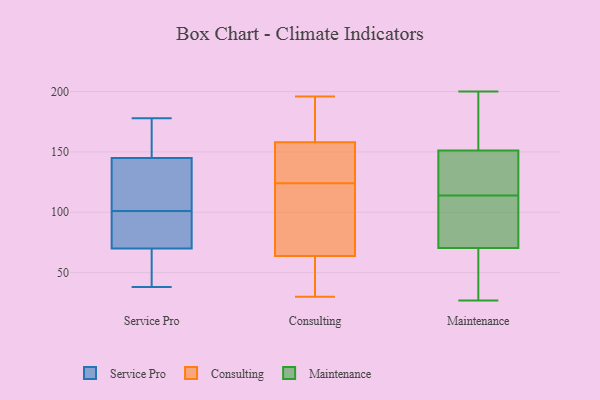
{"axis": {"x": "Active Users", "y": "Value"}, "legend": ["Consulting", "Maintenance", "Service Pro"], "data": [{"x": "", "y": 70, "type": "Service Pro"}, {"x": "", "y": 136, "type": "Service Pro"}, {"x": "", "y": 77, "type": "Service Pro"}, {"x": "", "y": 178, "type": "Service Pro"}, {"x": "", "y": 116, "type": "Service Pro"}, {"x": "", "y": 61, "type": "Service Pro"}, {"x": "", "y": 86, "type": "Service Pro"}, {"x": "", "y": 38, "type": "Service Pro"}, {"x": "", "y": 145, "type": "Service Pro"}, {"x": "", "y": 169, "type": "Service Pro"}, {"x": "", "y": 115, "type": "Consulting"}, {"x": "", "y": 155, "type": "Consulting"}, {"x": "", "y": 36, "type": "Consulting"}, {"x": "", "y": 113, "type": "Consulting"}, {"x": "", "y": 159, "type": "Consulting"}, {"x": "", "y": 96, "type": "Consulting"}, {"x": "", "y": 124, "type": "Consulting"}, {"x": "", "y": 30, "type": "Consulting"}, {"x": "", "y": 193, "type": "Consulting"}, {"x": "", "y": 53, "type": "Consulting"}, {"x": "", "y": 126, "type": "Consulting"}, {"x": "", "y": 196, "type": "Consulting"}, {"x": "", "y": 37, "type": "Consulting"}, {"x": "", "y": 148, "type": "Consulting"}, {"x": "", "y": 171, "type": "Consulting"}, {"x": "", "y": 150, "type": "Maintenance"}, {"x": "", "y": 200, "type": "Maintenance"}, {"x": "", "y": 163, "type": "Maintenance"}, {"x": "", "y": 141, "type": "Maintenance"}, {"x": "", "y": 27, "type": "Maintenance"}, {"x": "", "y": 94, "type": "Maintenance"}, {"x": "", "y": 63, "type": "Maintenance"}, {"x": "", "y": 142, "type": "Maintenance"}, {"x": "", "y": 52, "type": "Maintenance"}, {"x": "", "y": 114, "type": "Maintenance"}, {"x": "", "y": 73, "type": "Maintenance"}, {"x": "", "y": 113, "type": "Maintenance"}, {"x": "", "y": 155, "type": "Maintenance"}]}